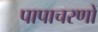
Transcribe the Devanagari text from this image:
पापाचरणों